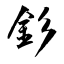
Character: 釤